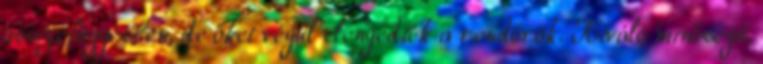
összefüggésben, de őket végül elengedték a rendőrök. Kiváló minőségű,